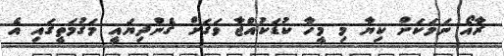
ރާއޯ ނަމަކަށް ކިޔާ މި މީހާ ކުޑަކުއްޖާ ވަގަށް ގެންދިޔައީ މަގުމަތީގައި އެ